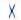
X